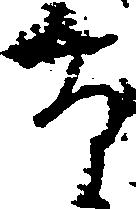
望